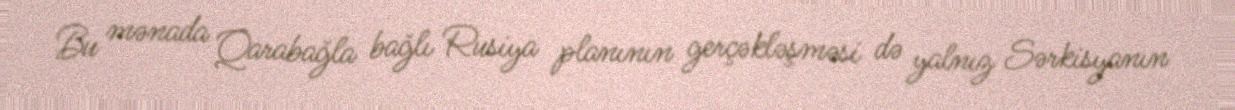
Bu mənada Qarabağla bağlı Rusiya planının gerçəkləşməsi də yalnız Sərkisyanın